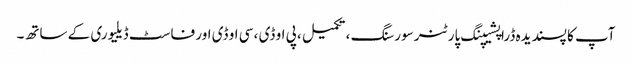
آپ کا پسندیدہ ڈراپشیپنگ پارٹنر سورسنگ ، تکمیل ، پی او ڈی ، سی او ڈی اور فاسٹ ڈیلیوری کے ساتھ۔